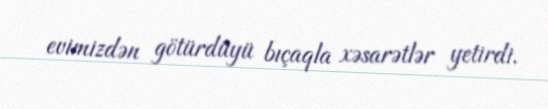
evimizdən götürdüyü bıçaqla xəsarətlər yetirdi.